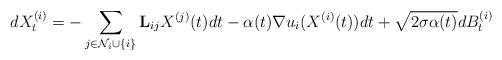
LaTeX: \begin{align*}dX^{(i)}_t = -\sum_{j\in\mathcal{N}_i\cup\{i\}}\mathbf{L}_{ij}X^{(j)}(t) dt-\alpha(t)\nabla u_i(X^{(i)}(t)) dt+\sqrt{2\sigma\alpha(t)} dB^{(i)}_t\end{align*}